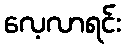
လေ့လာရင်း